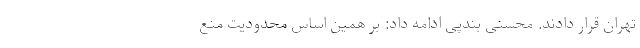
تهران قرار دادند. محسنی بندپی ادامه داد: بر همین اساس محدودیت منع